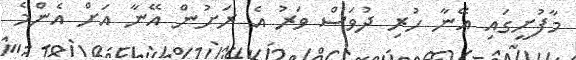
މާފުށީގައި އޭނާ ހުރި ދުވަސް ވަރު އެ ރަށުން އޭނާ އަށް އެންމެ